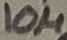
Text: 10µ